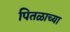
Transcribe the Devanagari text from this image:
पितळाच्या